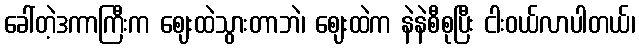
ခေါ်တဲ့ဒကာကြီးက ဈေးထဲသွားတာဘဲ၊ ဈေးထဲက နဲနဲစီစုပြီး ငါးဝယ်လာပါတယ်၊